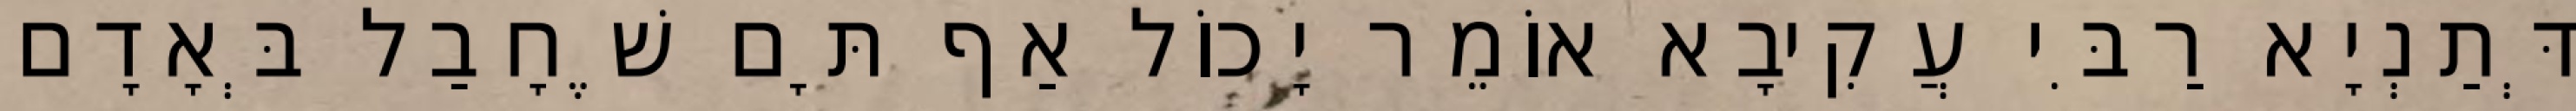
דְּתַנְיָא רַבִּי עֲקִיבָא אוֹמֵר יָכוֹל אַף תָּם שֶׁחָבַל בְּאָדָם